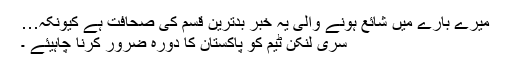
میرے بارے میں شائع ہونے والی یہ خبر بدترین قسم کی صحافت ہے کیونکہ…
سری لنکن ٹیم کو پاکستان کا دورہ ضرور کرنا چاہیئے ۔